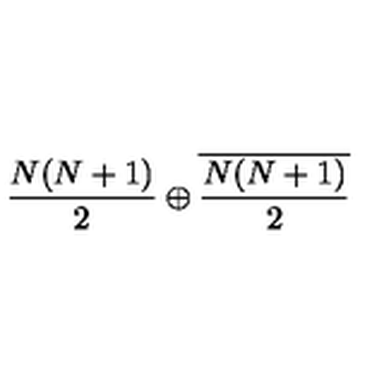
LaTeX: \frac { N ( N + 1 ) } { 2 } \oplus \overline { { \frac { N ( N + 1 ) } { 2 } } }